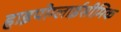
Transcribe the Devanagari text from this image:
हाइपोग्लाईसीमिक